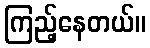
ကြည့်နေတယ်။